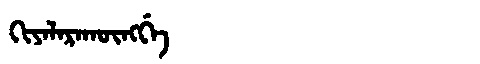
Manchu: ᡴᡳᠶᠠᠯᠠᡵᠠᡴᡡᠩᡤᡝ
Romanization: KIYALARAKŪNGGE